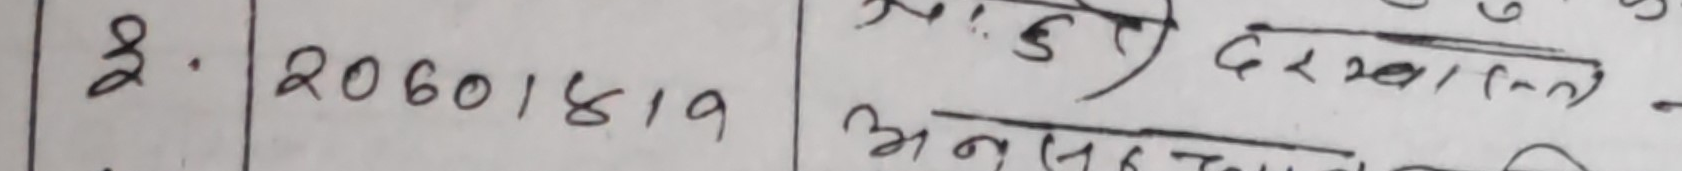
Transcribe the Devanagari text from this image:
2.  २०६०/०८/१९